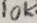
Text: 10K